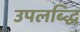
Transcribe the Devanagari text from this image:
उपलब्द्धि